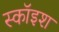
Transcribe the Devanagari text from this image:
स्कॉइश